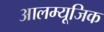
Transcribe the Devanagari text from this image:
आलम्यूजिक